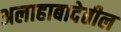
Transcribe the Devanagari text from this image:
अलाहाबादेतील